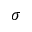
\sigma